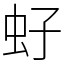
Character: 虸